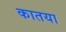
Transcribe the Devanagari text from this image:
कातया